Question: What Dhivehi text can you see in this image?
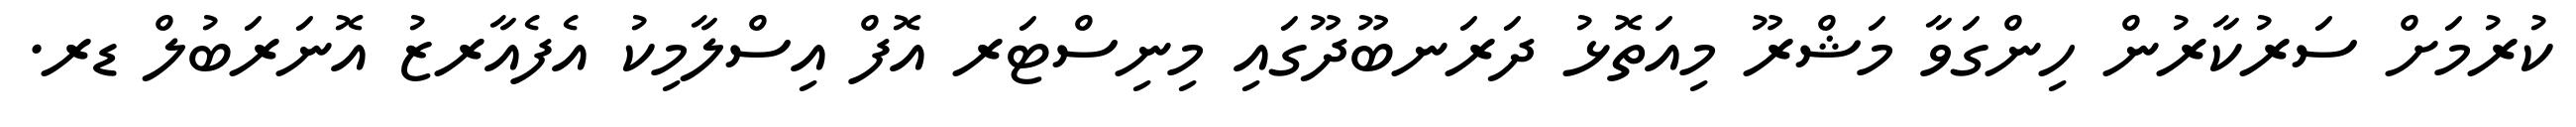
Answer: ކުރުމަށް ސަރުކާރުން ހިންގަވާ މަޝްރޫ މިއަތޮޅު ދަރަނބޫދޫގައި މިނިސްޓަރ އޮފް އިސްލާމިކު އެފެއާރޒު އޮނަރަބުލް ޑރ.